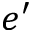
e ^ { \prime }